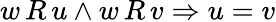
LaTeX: w\, R\, u\land w\, R\, v\Rightarrow u=v